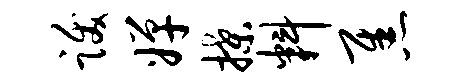
跋婵揲料焦